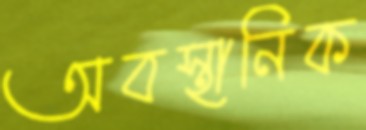
অবস্থানিক